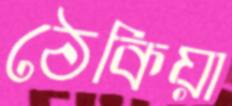
ঠেকিয়া